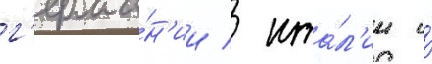
г'ерма́н'ии / ита́л'ии и́